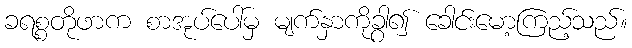
ခရစ္စတိုဖာက စာအုပ်ပေါ်မှ မျက်နှာကိုခွာ၍ ခေါင်းမော့ကြည့်သည်။